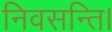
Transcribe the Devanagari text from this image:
निवसन्ति।